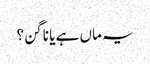
یہ ماں ہے یا ناگن؟